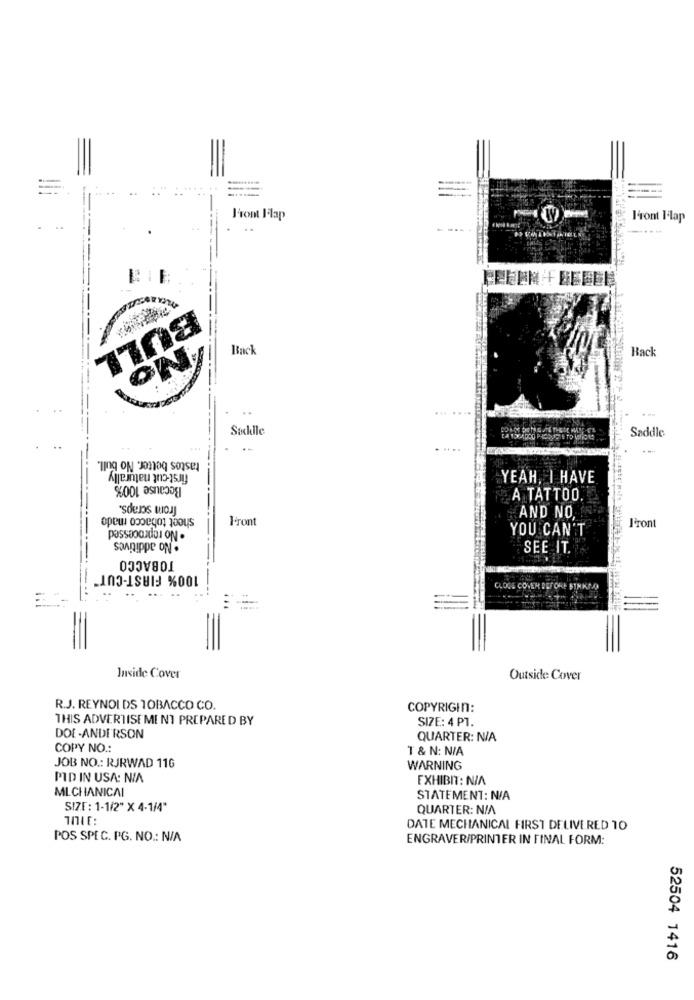
J'sont Flap
l'ront Ilap
BULL
Back
Back
ONT
..
Saddle
tastes better. No bull.
first-cut naturally
Because 100%
YEAH, I HAVE
from scraps.
A TATTOO.
sheet tobacco made
AND NO.
Feront
YOU CAN'T
Front
passaog daI oN .
. No additives
TOBACCO
SEE IT.
100% FIRST-CUT"
CLOSE COVER BEFORE STAKAO
Inside Cover
Outside Cover
R.J. REYNOLDS TOBACCO CO
COPYRIGIN:
THIS ADVERTISEMENT PREPARED BY
SIZE: 4 PT.
DOE-ANDERSON
QUARTER: N/A
COPY NO .:
T & N: N/A
JOB NO .: RJRWAD 11G
WARNING
PID IN USA: NIA
EXHIBIT: N/A
MLCHANICAL
STATEMENT: N/A
SIZE : 1-1/2" X 4-1/4"
BILIL
QUARTER: N/A
DATE MECHANICAL FIRST DELIVERED 10
POS SPEC. PG. NO .: N/A
ENGRAVER/PRINTER IN FINAL FORM:
52504 1416